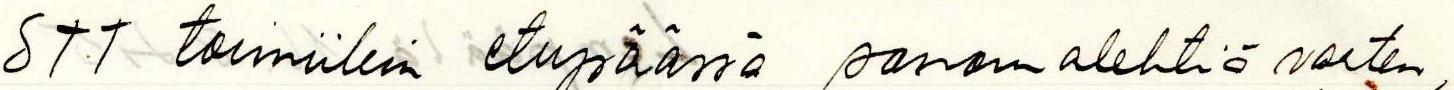
STT toimiikin etupäässä sanomalehtiä varten,